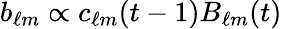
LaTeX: b_{\ell m}\propto c_{\ell m}(t-1)B_{\ell m}(t)